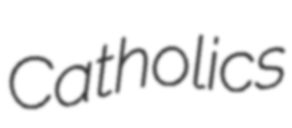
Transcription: Catholics